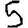
Digit: 5